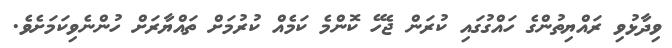
ވިދާޅުވި ރައްޔިތުންގެ ހައްގުގައި ކުރަން ޖެހޭ ކޮންމެ ކަމެއް ކުރުމަށް ތައްޔާރަށް ހުންނެވިކަމަށެވެ.